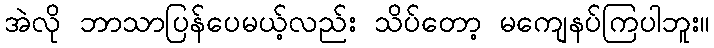
အဲလို ဘာသာပြန်ပေမယ့်လည်း သိပ်တော့ မကျေနပ်ကြပါဘူး။